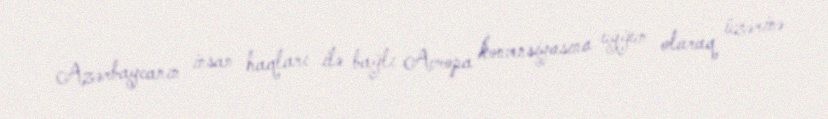
Azərbaycanın insan haqları ilə bağlı Avropa konvensiyasına uyğun olaraq üzərinə